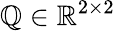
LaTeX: \mathbb{Q}\in\mathbb{{R}}^{2\times2}